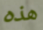
هذه